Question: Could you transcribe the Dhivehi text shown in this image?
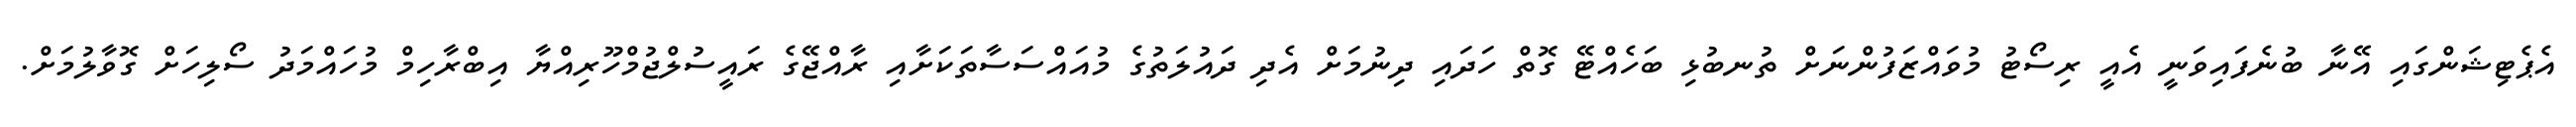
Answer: އެޕެޓިޝަންގައި އޭނާ ބުނެފައިވަނީ އެއީ ރިސޯޓު މުވައްޒަފުންނަށް ތުނބުޅި ބަހެއްޓޭ ގޮތް ހަދައި ދިނުމަށް އެދި ދައުލަތުގެ މުއައްސަސާތަކަށާއި ރާއްޖޭގެ ރައީސުލްޖުމްހޫރިއްޔާ އިބްރާހިމް މުހައްމަދު ސޯލިހަށް ގޮވާލުމަށް.